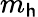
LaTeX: m_{\mathsf{h}}